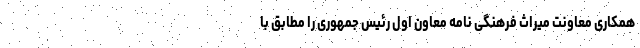
همکاری معاونت میراث فرهنگی نامه معاون اول رئیس جمهوری را مطابق با